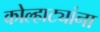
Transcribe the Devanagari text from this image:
कोल्हाट्यांना